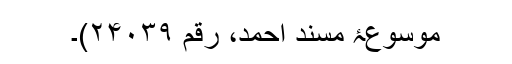
موسوعۂ مسند احمد، رقم ۲۴۰۳۹)۔